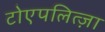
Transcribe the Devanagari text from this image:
टोएपलित्ज़ा